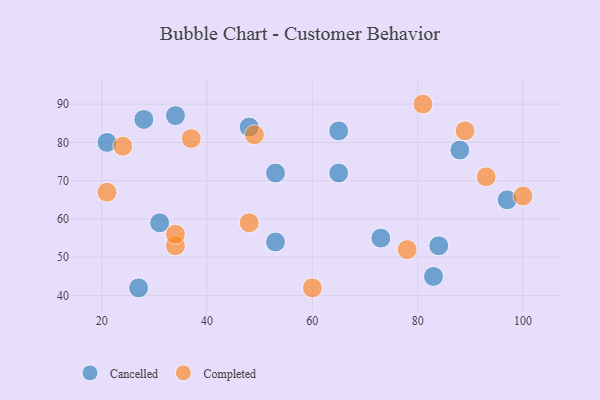
{"axis": {"x": "GDP", "y": "Life Expectancy"}, "legend": ["Cancelled", "Completed"], "data": [{"x": "65", "y": 83, "type": "Cancelled"}, {"x": "83", "y": 45, "type": "Cancelled"}, {"x": "31", "y": 59, "type": "Cancelled"}, {"x": "84", "y": 53, "type": "Cancelled"}, {"x": "28", "y": 86, "type": "Cancelled"}, {"x": "48", "y": 84, "type": "Cancelled"}, {"x": "97", "y": 65, "type": "Cancelled"}, {"x": "53", "y": 72, "type": "Cancelled"}, {"x": "27", "y": 42, "type": "Cancelled"}, {"x": "53", "y": 54, "type": "Cancelled"}, {"x": "88", "y": 78, "type": "Cancelled"}, {"x": "34", "y": 87, "type": "Cancelled"}, {"x": "21", "y": 80, "type": "Cancelled"}, {"x": "65", "y": 72, "type": "Cancelled"}, {"x": "73", "y": 55, "type": "Cancelled"}, {"x": "78", "y": 52, "type": "Completed"}, {"x": "21", "y": 67, "type": "Completed"}, {"x": "48", "y": 59, "type": "Completed"}, {"x": "49", "y": 82, "type": "Completed"}, {"x": "37", "y": 81, "type": "Completed"}, {"x": "34", "y": 53, "type": "Completed"}, {"x": "60", "y": 42, "type": "Completed"}, {"x": "89", "y": 83, "type": "Completed"}, {"x": "93", "y": 71, "type": "Completed"}, {"x": "81", "y": 90, "type": "Completed"}, {"x": "24", "y": 79, "type": "Completed"}, {"x": "100", "y": 66, "type": "Completed"}, {"x": "34", "y": 56, "type": "Completed"}]}